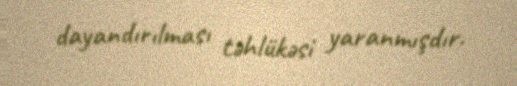
dayandırılması təhlükəsi yaranmışdır.